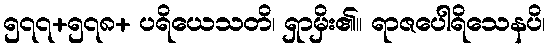
၅၇၇+၅၇၈+ ပရိယေသတိ၊ ရှာမှိး၏။ ရာဇပေါရိသေနပိ၊